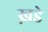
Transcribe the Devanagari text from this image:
ख़डे